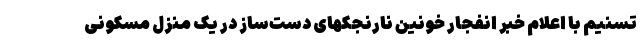
تسنیم با اعلام خبر انفجار خونین نارنجکهای دست‌ساز در یک منزل مسکونی